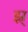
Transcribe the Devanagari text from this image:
झ्र्